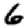
Digit: 6